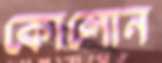
কোলোন